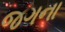
જગના